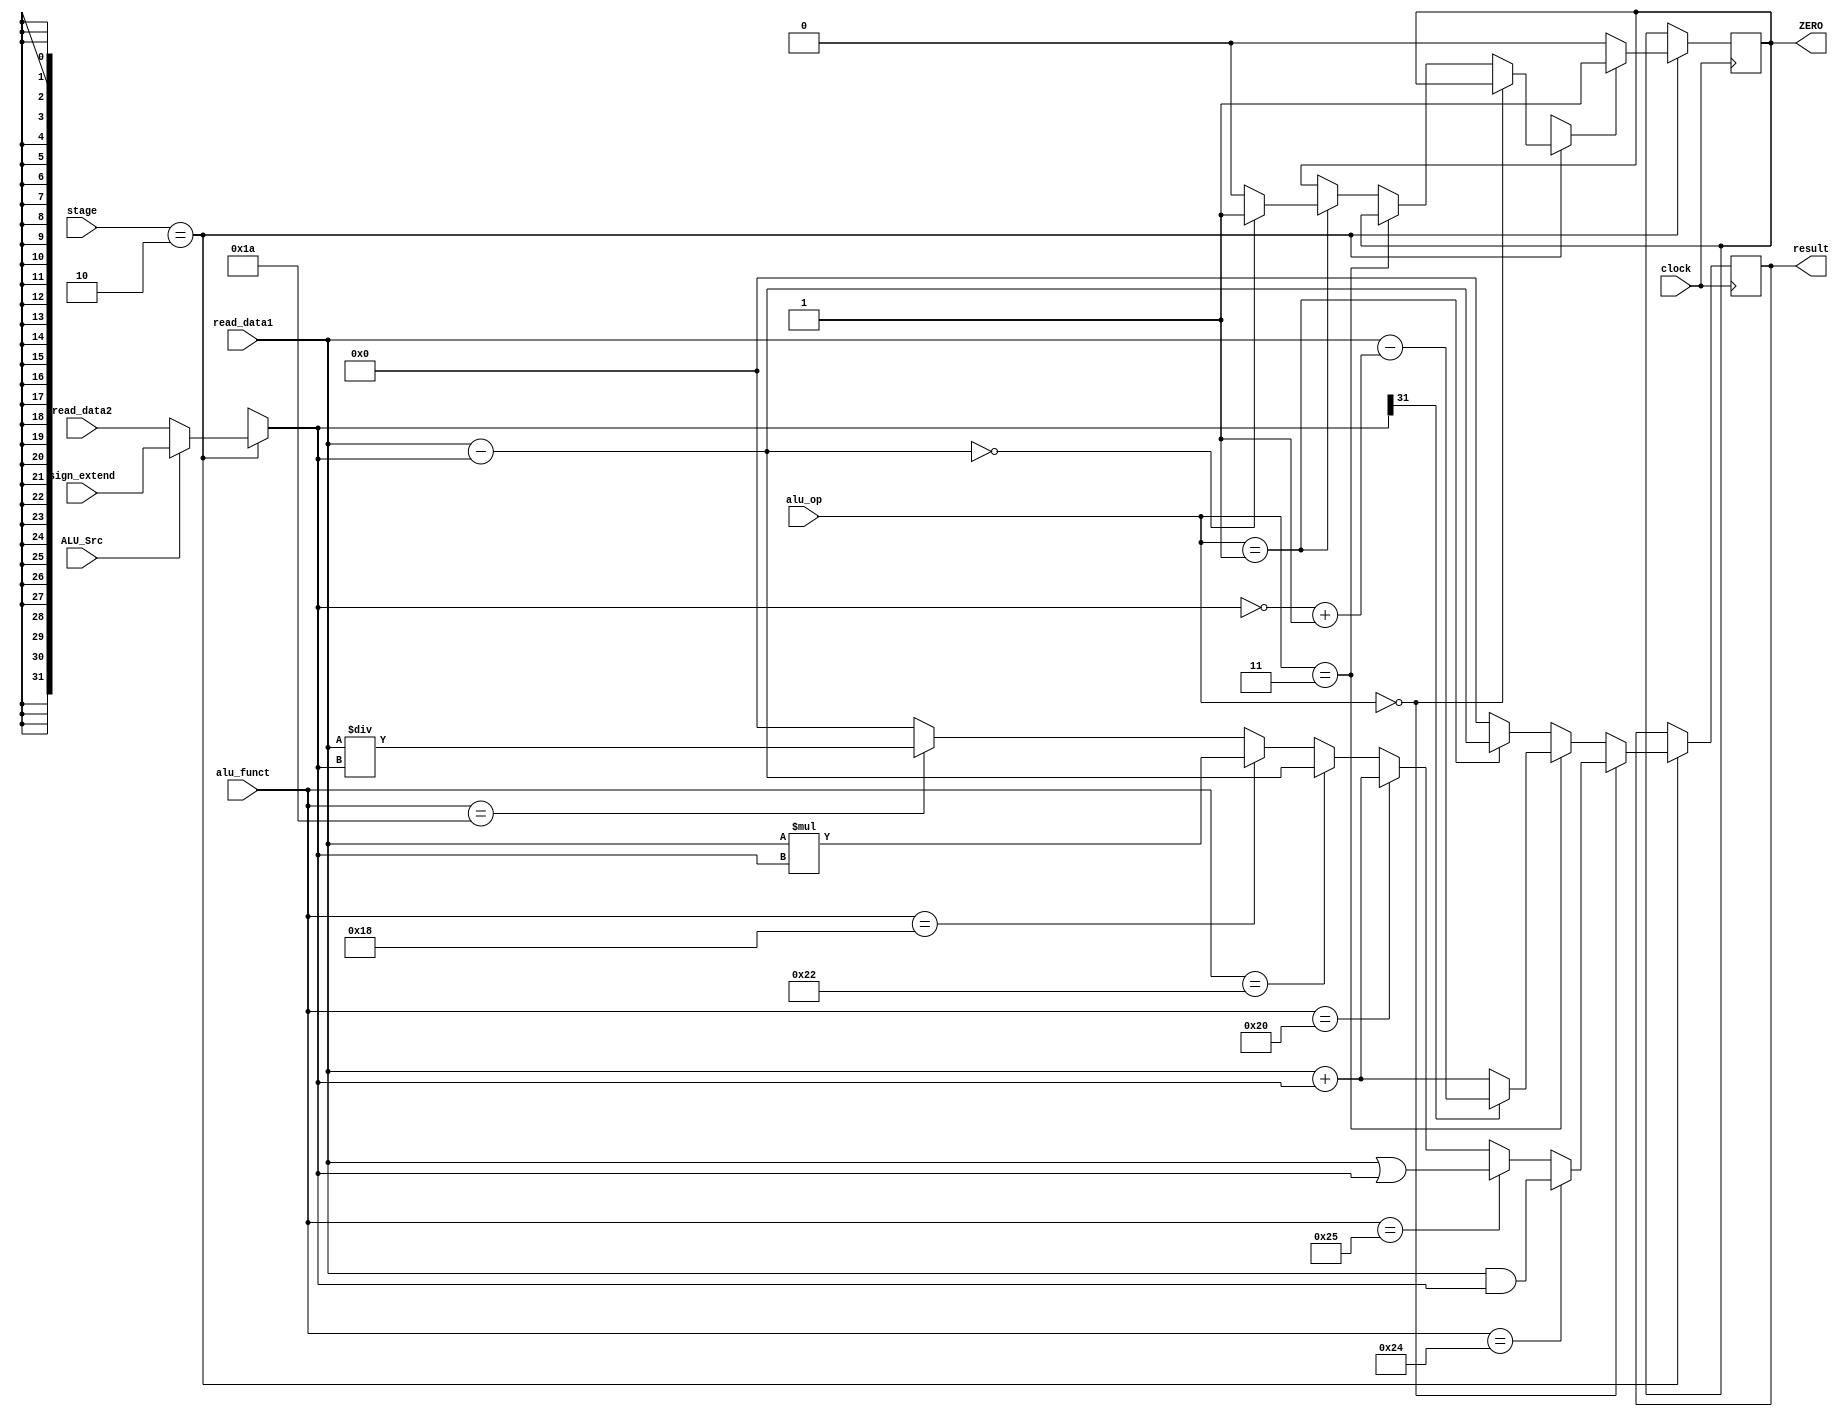
module alu(read_data1, read_data2, alu_funct, alu_op, sign_extend, ALU_Src, ZERO, result,stage,clock);

    // A is the ALU's first input
    // B is the ALU's second input


    input [31:0]read_data1;
    input [31:0]read_data2;
    input [5:0]alu_funct;
    input [1:0]alu_op;
    input [31:0]sign_extend;
    input [2:0] stage;
    input ALU_Src;
    input clock;
    // output reg stage3,stage4;
    
    reg [31:0]B;
    output reg ZERO;
    output reg [31:0]result;


    always@(posedge clock)
    begin
        if(stage == 2)
        begin
            result = 0;
            if(ALU_Src == 1)
            begin
                B = sign_extend;
            end
            else if(ALU_Src == 0)
            begin
                B = read_data2;
            end
            //R-Type Instructions
            if(alu_op == 2'b00)
            begin
                //AND
                if(alu_funct == 6'b100100)
                begin
                    result = read_data1&B;
                end
                //OR
                else if(alu_funct == 6'b100101)
                begin
                    result = read_data1|B;
                end
                //ADD
                else if(alu_funct == 6'b100000)
                begin
                    result = read_data1+B;
                end
                //SUB
                else if(alu_funct == 6'b100010)
                begin
                    result = read_data1-B;
                end
                //MUL
                else if(alu_funct == 6'b011000)
                begin
                    result = read_data1*B;
                end
                //DIV
                else if(alu_funct == 6'b011010)
                begin
                    result = read_data1/B;
                end

            end
            //ADDI, LW, SW
            else if(alu_op == 2'b11)
            begin 
                if(B[31] == 0)
                    result = read_data1+B;
                else
                    begin
                        B = ~B;
                        B = B + 1;
                        result = read_data1 - B;
                    end
            end
            //BEQ, BNE
            else if(alu_op == 2'b01)
            begin
                result = read_data1-B;
                if(result==0)
                begin
                    ZERO = 1;
                end
                else
                begin
                    ZERO = 0;
                end
            end
            if(ZERO!=1)
            begin
                ZERO = 0;
            end
        end
    end    
endmodule

// Testbench for ALU
// `timescale 10ns/1ps
// module tb_ALU;

//     reg [31:0]A;
//     reg [31:0]read_data2;
//     reg [5:0]alu_funct;
//     reg [1:0]alu_op;
//     reg ALU_Src;
//     reg [2:0]stage;
//     reg [31:0]sign_extend;
//     reg clock;
//     wire ZERO;
//     wire [31:0]result;

//     alu uut(
//         .read_data1(A),
//         .read_data2(read_data2),
//         .alu_funct(alu_funct),
//         .ZERO(ZERO),
//         .result(result),
//         .alu_op(alu_op),
//         .sign_extend(sign_extend),
//         .ALU_Src(ALU_Src),
//         .stage(stage),
//         .clock(clock)
//     );

//     initial 
//     begin
//     stage = 2;
//     A = 25;
//     read_data2 = 25;
//     alu_funct = 6'b100000;
//     alu_op = 2'b01;
//     ALU_Src = 0;
//     clock = 0;
//     sign_extend = 64;
//             #5;
//     $display("the result is : %0b , %d", result, ZERO);
//     end
// always 
// #3 clock = ~clock;

// endmodule